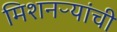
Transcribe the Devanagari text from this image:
मिशनऱ्यांची